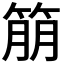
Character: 𬕔